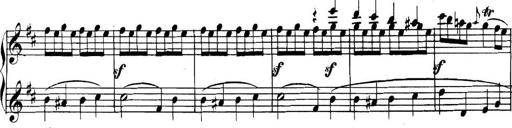
Title: Collected Piano Sonatas
Composer: Muzio Clementi